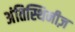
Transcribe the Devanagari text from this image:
अंतिस्थिनीज़